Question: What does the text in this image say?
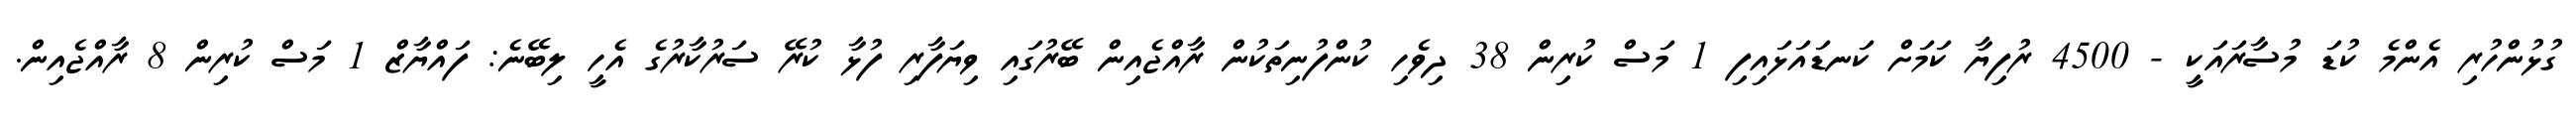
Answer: ގުޅުންހުރި އެންމެ ކުޑަ މުސާރައަކީ - 4500 ރުފިޔާ ކަމަށް ކަނޑައަޅައިފި 1 މަސް ކުރިން 38 ދިވެހި ކުންފުނިތަކުން ރާއްޖެއިން ބޭރުގައި ވިޔަފާރި ފުޅާ ކުރޭ ސަރުކާރުގެ އެހީ ލިބޭނެ: ފައްޔާޒް 1 މަސް ކުރިން 8 ރާއްޖެއިން.